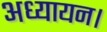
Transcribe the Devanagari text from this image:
अध्यायन।